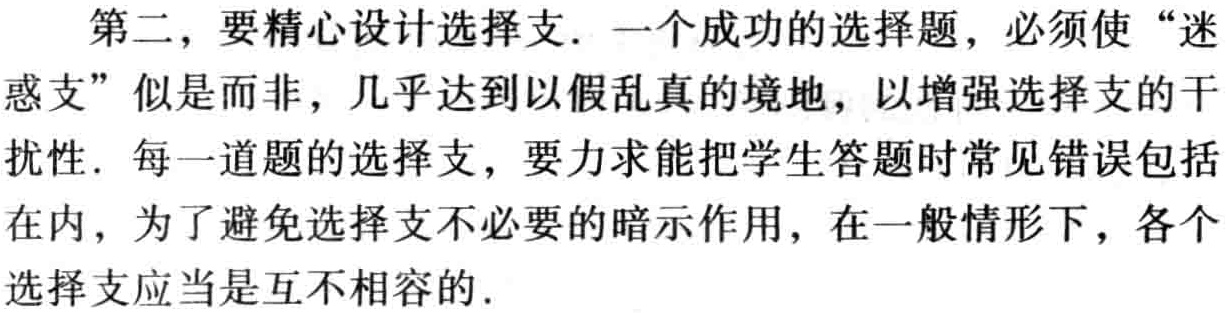
第二，要精心设计选择支. 一个成功的选择题，必须使 “迷惑支” 似是而非，几乎达到以假乱真的境地，以增强选择支的干扰性. 每一道题的选择支，要力求能把学生答题时常见错误包括在内，为了避免选择支不必要的暗示作用，在一般情形下，各个选择支应当是互不相容的.